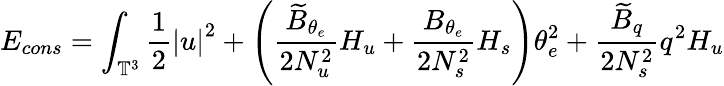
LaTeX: E_{cons}=\int_{\mathbb{T}^{3}}\frac{1}{2}{\lvert u\rvert}^{2}+\left(\frac{\widetilde{B}_{\theta_{e}}}{2N_{u}^{2}}H_{u}+\frac{B_{\theta_{e}}}{2N_{s}^{2}}H_{s}\right)\theta_{e}^{2}+\frac{\widetilde{B}_{q}}{2N_{s}^{2}}q^{2}H_{u}